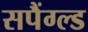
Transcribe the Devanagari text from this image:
सपैंग्ल्ड